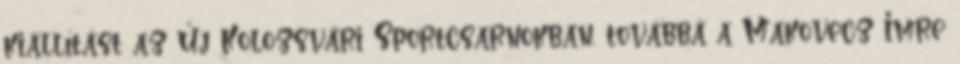
kiállítást az Új Kolozsvári Sportcsarnokban, továbbá a Makovecz Imre